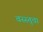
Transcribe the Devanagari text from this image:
वस्स्तूचा